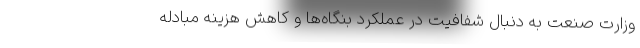
وزارت صنعت به ‌دنبال شفافیت در عملکرد بنگاه‌ها و کاهش هزینه مبادله